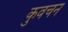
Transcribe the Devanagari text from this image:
कुवचन